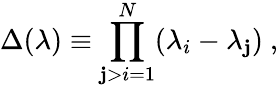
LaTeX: \Delta(\lambda)\equiv\prod_{\mathbf{j}>i=1}^{N}(\lambda_{i}-\lambda_{\mathbf{j}})\ ,